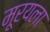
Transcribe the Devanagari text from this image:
मूरयला